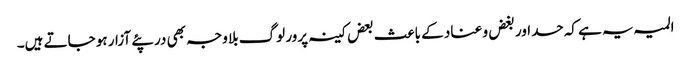
المیہ یہ ہے کہ حسد اور بغض و عناد کے باعث بعض کینہ پرور لوگ بلا وجہ بھی در پئے آزار ہو جاتے ہیں۔